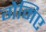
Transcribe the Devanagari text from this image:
गेमिए